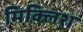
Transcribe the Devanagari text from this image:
मिक्लिश